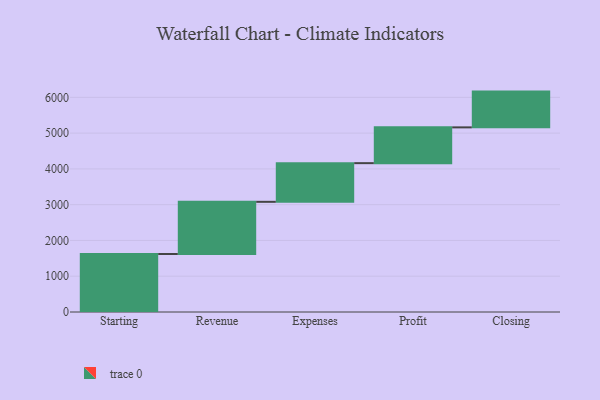
{"axis": {"x": "Step", "y": "Value"}, "legend": [""], "data": [{"x": "Starting", "y": 1621.0, "type": ""}, {"x": "Revenue", "y": 1459.0, "type": ""}, {"x": "Expenses", "y": 1081.0, "type": ""}, {"x": "Profit", "y": 1000, "type": ""}, {"x": "Closing", "y": 1000, "type": ""}]}